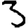
Digit: 3